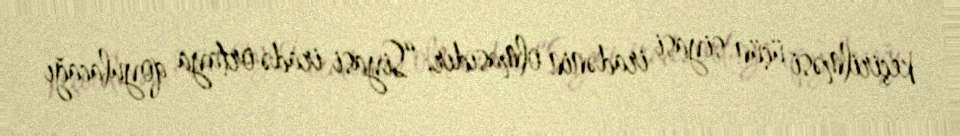
keçirilməsi üçün siyasi iradənin olmasıdır: “Siyasi iradə ortaya qoyulacağı